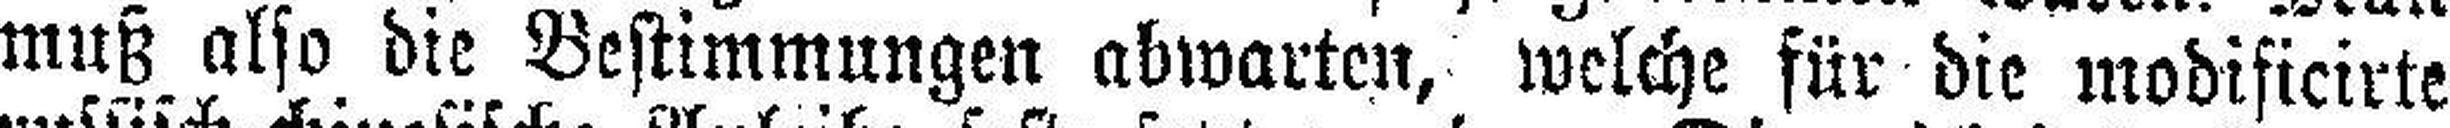
muß also die Bestimmungen abwarten, welche für die modificirte